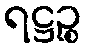
ရဋ္ဌဉ္စ